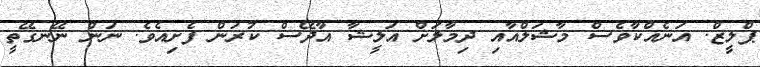
ޕްލީޒް. އަނެއްކާވެސް މާޝަލްއާއި ދިމާލަށް އަލީޝާ އާދޭސް ކުރަން ފެށިއެވެ. ނަން ނޭނގޭތީ